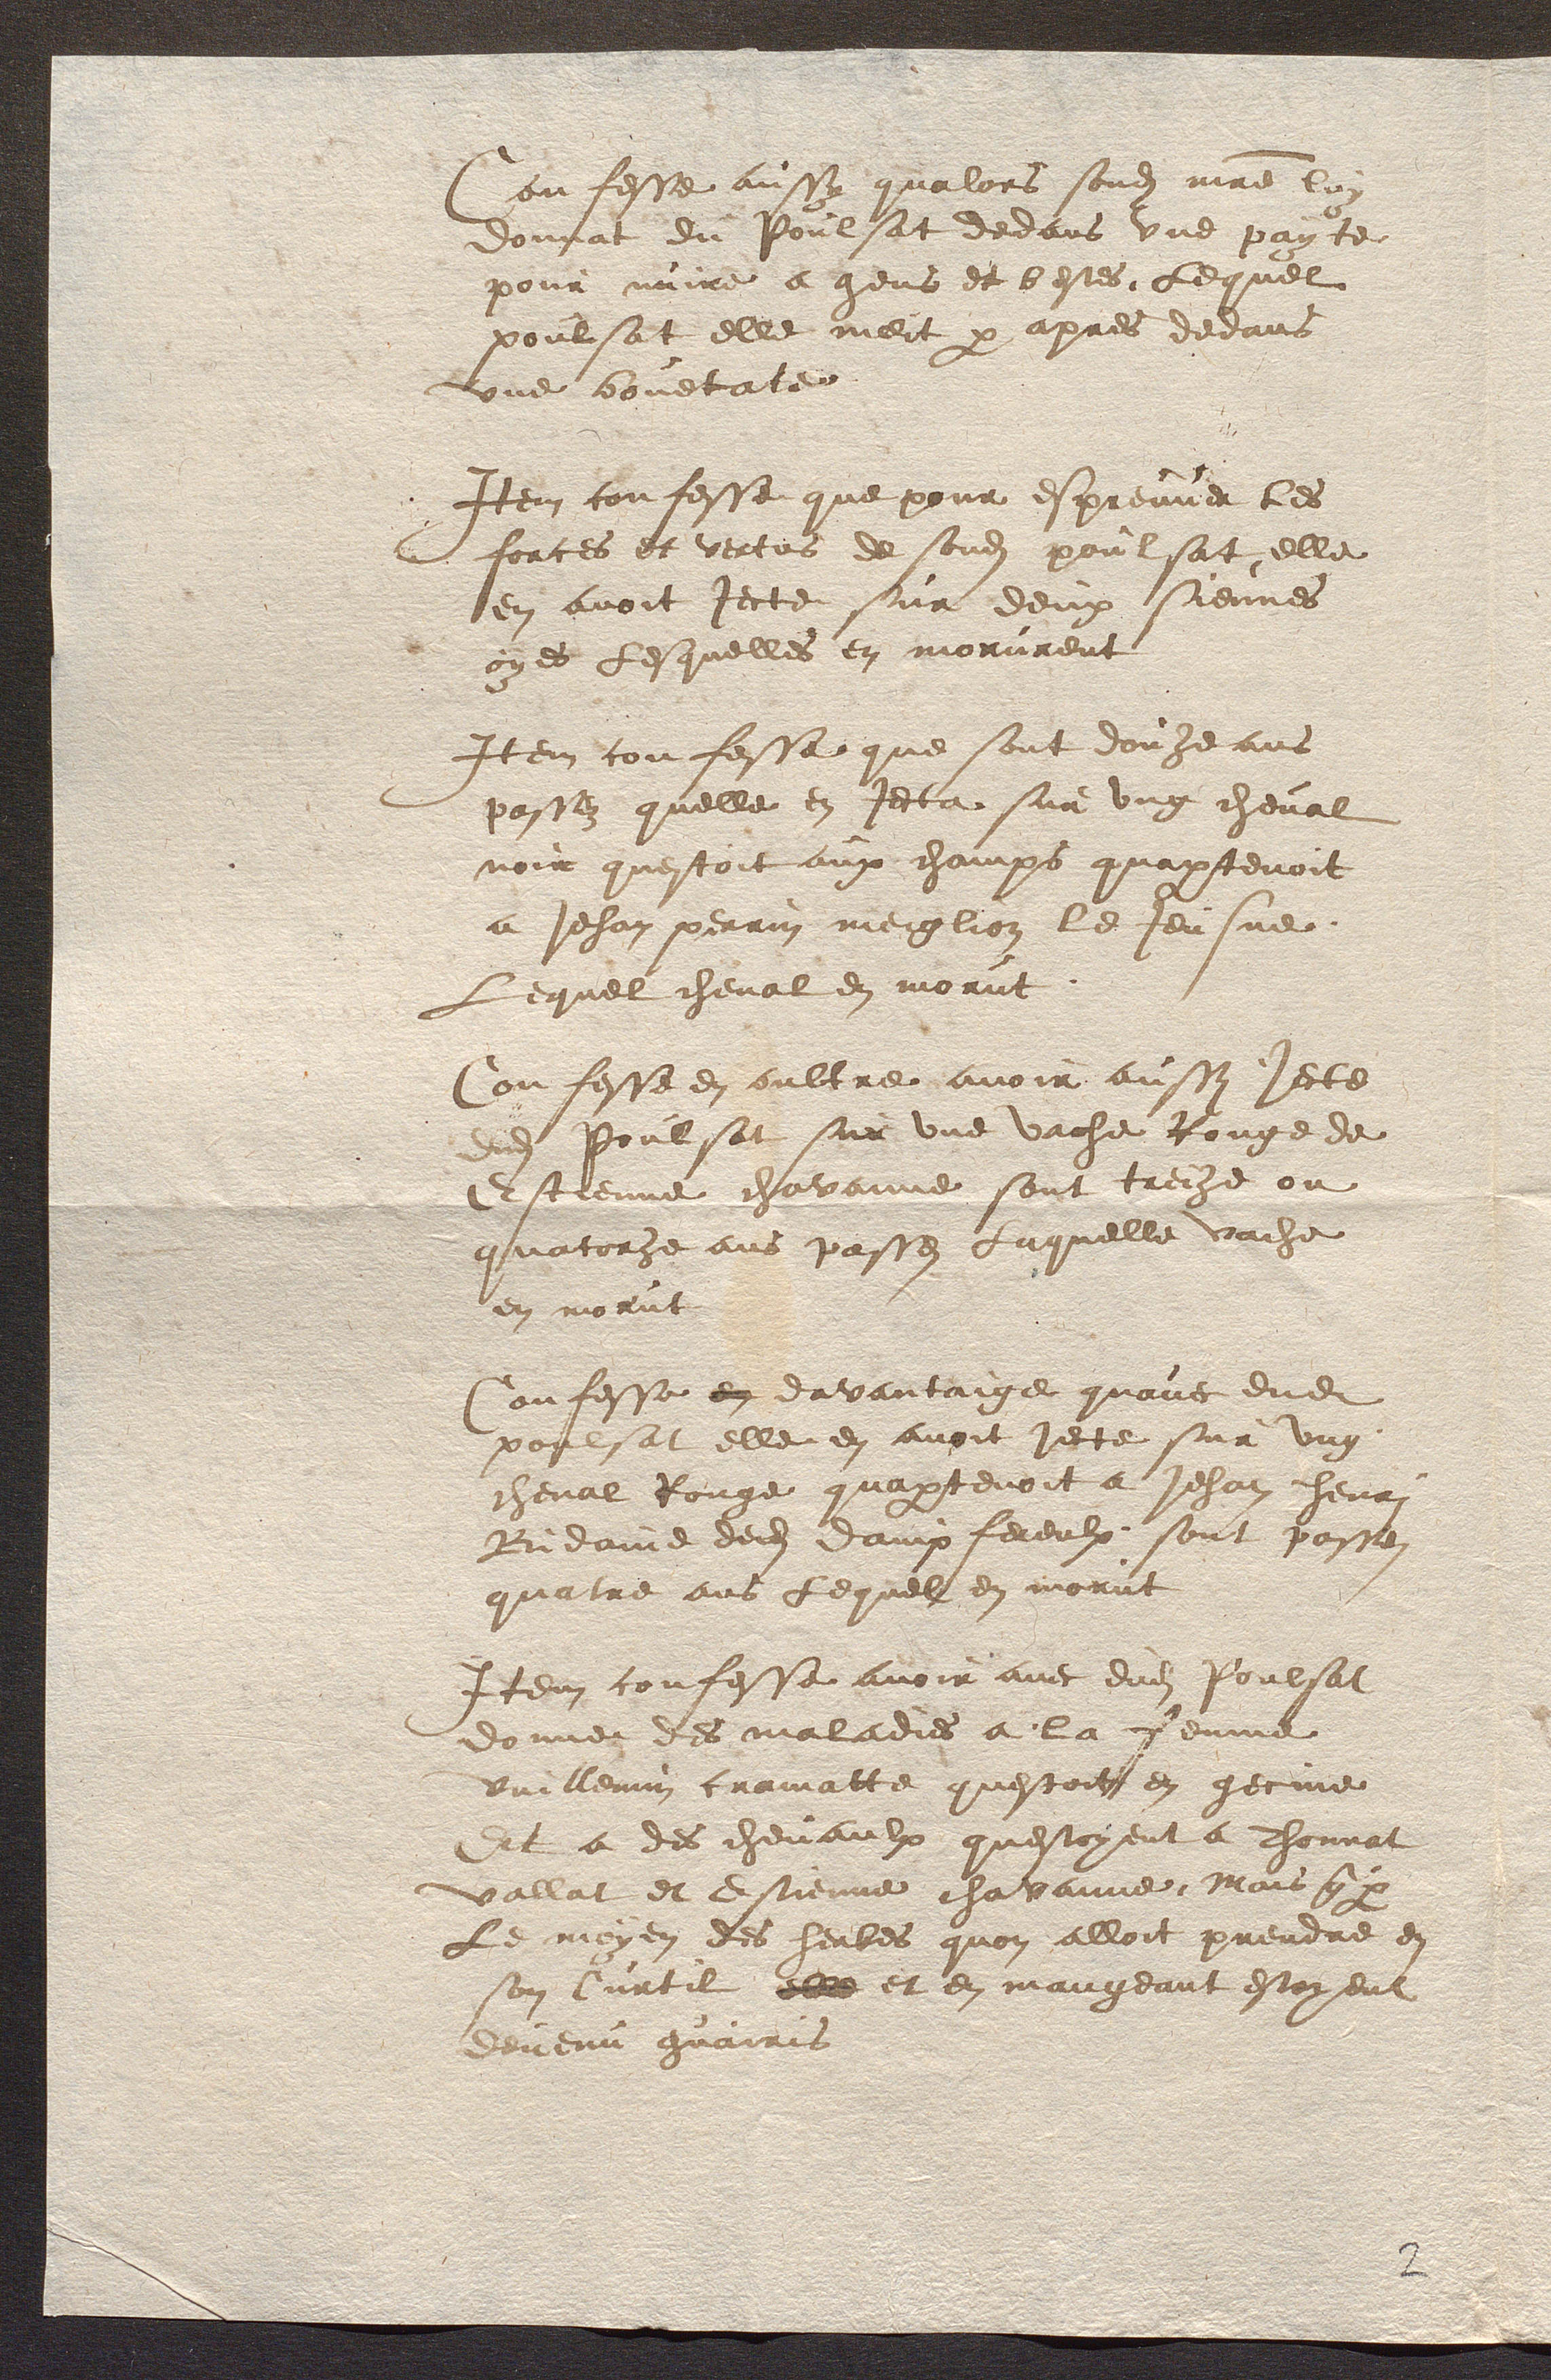
Confesse aussy qualors sondit maitre lui
donnat du Poulsat dedans une payte
pour nuire a gens et bestes lequel
poulsat elle meit par apres devans
une bouetate
Item confesse que pour espreuver les
forces et vertus de sondit poulsat elle
en avoit jecte sur deux siennes
oyes lesquelles en morurent
Item confesse que sont douze ans
passez quelle en jecta sur ung cheval
noir questoit aux champs quapartenoit
a Jehan perrin meiglion le Jeusne
Lequel cheval en morut
Confesse en oultre avoir aussi jecte
adit Poulsat sur une vache Rouge de
Estienne chavainne sont treize ou
quatorze ans passez laquelle vache
en morut
Confesse en davantaige quavec dudit
poulsat elle en avoit jecte sur ung
cheval Rouge quapartenoit a Jehan henri
Bidaine dedit dampfereulx sont passe
quatre ans lequel en morut
Item confesse avoir avec dudit Poulsat
donne des maladies a la femme
Vuillemin cramatte questoit en gecine
Et a des chevaulx questoyent a Thonnat
vallat et Estienne chavainne, Mais que par
Le moyen des herbes quon alloit prendre en
son Curtil elle et en mangeant estoyent
devenu guairis